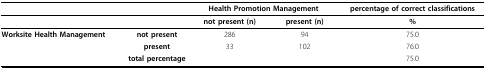
<table><thead><tr><td></td><td></td><td colspan="2"><b>Health Promotion Management</b></td><td><b>percentage of correct classifications</b></td></tr></thead><tbody><tr><td></td><td></td><td><b>not present (n)</b></td><td><b>present (n)</b></td><td><b>%</b></td></tr><tr><td><b>Worksite Health Management</b></td><td><b>not present</b></td><td>286</td><td>94</td><td>75.0</td></tr><tr><td></td><td><b>present</b></td><td>33</td><td>102</td><td>76.0</td></tr><tr><td colspan="2"><b>total percentage</b></td><td></td><td></td><td>75.0</td></tr></tbody></table>